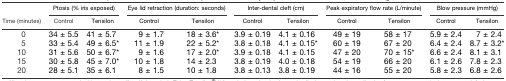
| <ROWSPAN=2> Time (minutes) | <COLSPAN=2> Ptosis (% iris exposed) | <COLSPAN=2> Eye lid retraction (duration: seconds) | <COLSPAN=2> Inter-dental cleft (cm) | <COLSPAN=2> Peak expiratory flow rate (L/minute) | <COLSPAN=2> Blow pressure (mmHg) |
 | Control | Tensilon | Control | Tensilon | Control | Tensilon | Control | Tensilon | Control | Tensilon |
 | --- | --- | --- | --- | --- | --- | --- | --- | --- | --- | --- |
 | 0 | 34 ± 5.5 | 41 ± 5.7 | 9 ± 1.7 | 18 ± 3.6* | 3.9 ± 0.19 | 4.1 ± 0.16 | 49 ± 19 | 58 ± 17 | 5.9 ± 2.4 | 7 ± 2.4 |
 | 5 | 33 ± 5.4 | 49 ± 6.5* | 11 ± 1.9 | 22 ± 5.2* | 3.8 ± 0.18 | 4.1 ± 0.15* | 60 ± 19 | 67 ± 20 | 6.4 ± 2.4 | 8.7 ± 3.2* |
 | 10 | 31 ± 5.6 | 50 ± 6.7* | 9 ± 1.6 | 17 ± 2.0* | 3.9 ± 0.18 | 4.1 ± 0.15 | 47 ± 20 | 70 ± 15* | 6.6 ± 2.4 | 8.1 ± 3.1 |
 | 15 | 30 ± 5.8 | 45 ± 7.0* | 10 ± 1.8 | 14 ± 2.3 | 3.8 ± 0.19 | 4.0 ± 0.18 | 54 ± 19 | 66 ± 20 | 6.1 ± 2.6 | 7.8 ± 2.3 |
 | 20 | 28 ± 5.1 | 35 ± 6.1 | 8 ± 1.5 | 10 ± 1.8 | 3.8 ± 0.13 | 3.8 ± 0.19 | 44 ± 16 | 55 ± 20 | 5.8 ± 2.3 | 6.8 ± 2.6 |